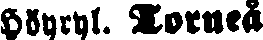
Höyryl. Torneå